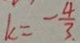
k = - \frac { 4 } { 3 }